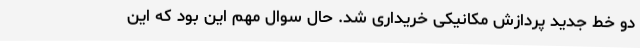
دو خط جدید پردازش مکانیکی خریداری شد. حال سوال مهم این بود که این